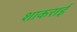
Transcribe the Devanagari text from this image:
शाकराई